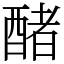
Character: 醏